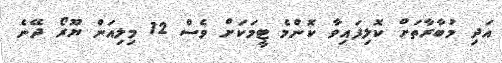
އަދި މުބާރާތަށް ކޮލިފައިވާ ކޮންމެ ޓީމަކަށް ވެސް 12 މިލިއަން ޔޫރޯ ދޭނެ